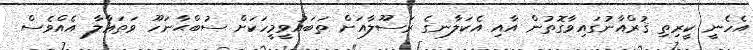
އެހެނީ ކީރިތި ޤުރްއާނުގައިވާގޮތުން އާއި އެކަލާނގެ ރަސޫލާއަށް ތަބައުވީމީހަކަށް ސުބްޙާނަހޫ ވަތަޢާލާ އެއްވެސް